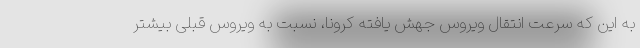
به این که سرعت انتقال ویروس جهش یافته کرونا، نسبت به ویروس قبلی بیشتر